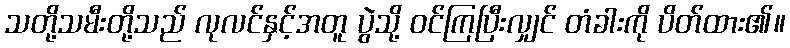
သတို့သမီးတို့သည် လုလင်နှင့်အတူ ပွဲသို့ ဝင်ကြပြီးလျှင် တံခါးကို ပိတ်ထား၏။